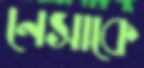
নেসাকে